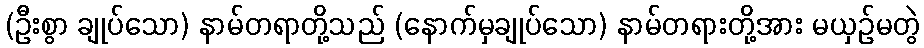
(ဦးစွာ ချုပ်သော) နာမ်တရာတို့သည် (နောက်မှချုပ်သော) နာမ်တရားတို့အား မယှဉ်မတွဲ